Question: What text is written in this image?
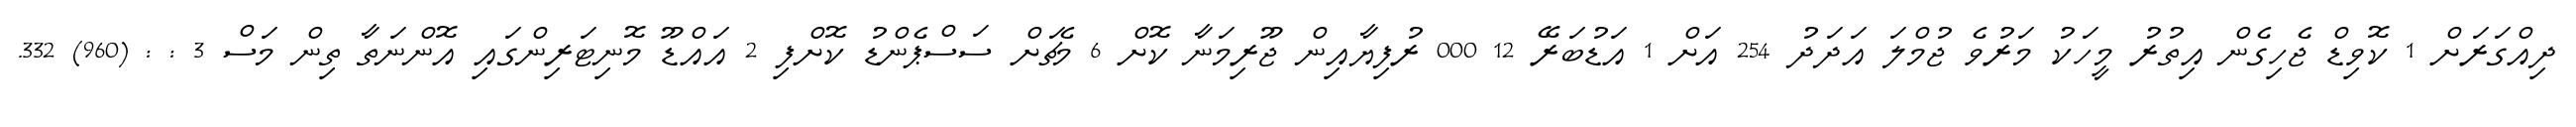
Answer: ދިއްގަރަށް 1 ކޮވިޑް ޖެހިގެން އިތުރު މީހަކު މަރުވެ ޖުމްލަ އަދަދު 254 އަށް 1 އަޑުބަރޭ 12 000 ރުފިޔާއިން ޖޫރިމަނާ ކޮށް 6 މެޗަށް ސަސްޕެންޑު ކޮށްފި 2 އައްޑޫ މޮނިޓަރިންގައި އޮންނަތާ ތިން މަސް 3 : : (960) 332.